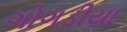
ગોગડીયા